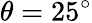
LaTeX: \theta=25^{\circ}